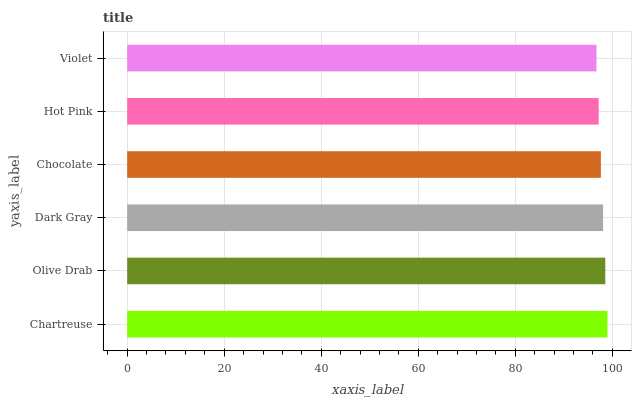
| yaxis_label | bars |
 | --- | --- |
 | Chartreuse | 99 |
 | Olive Drab | 98.5 |
 | Dark Gray | 98.1 |
 | Chocolate | 97.6 |
 | Hot Pink | 97.2 |
 | Violet | 96.7 |